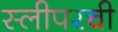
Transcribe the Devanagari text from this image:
स्लीपरची